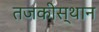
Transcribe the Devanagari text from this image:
तजकीस्थान